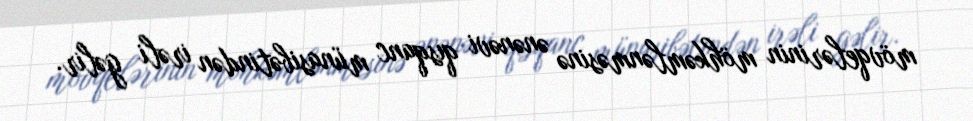
mövqelərinin möhkəmlənməsinə ənənəvi qısqanc münasibətindən irəli gəlir.